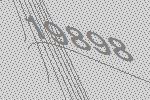
19898